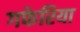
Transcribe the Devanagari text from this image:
गफेरिया